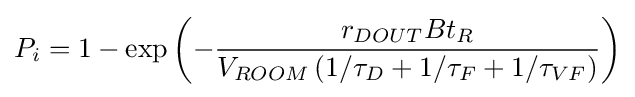
P_{i}=1-\exp \left(-{\frac {r_{DOUT}Bt_{R}}{V_{ROOM}\left(1/\tau _{D}+1/\tau _{F}+1/\tau _{VF}\right)}}\right)